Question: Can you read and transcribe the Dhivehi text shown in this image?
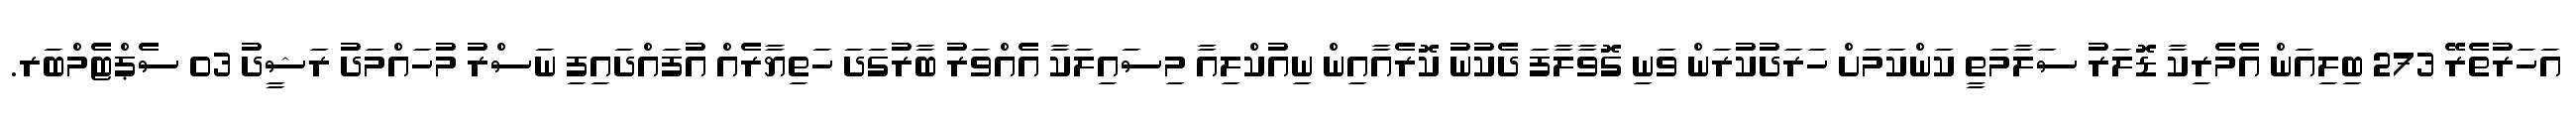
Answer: އަހަރުތެރޭ 273 ބިލިއަން އެމެރިކާ ޑޮލަރު ސަލާމަތީ ކަންކަމަށް ހަރަދުކުރަން ވަނި ގޮވާލާފަ ދެކުނު ކޮރެއާއިން ނިއުކްލިއާ މިސައިލަކާ އެއްވަރު ބާރުގަދަ ހަތިޔާާރެއް އުފައްދައިފި ނަސްރު މުހައްމަދު ރަޝީދު 03 ސެޕްޓެމްބަރ.